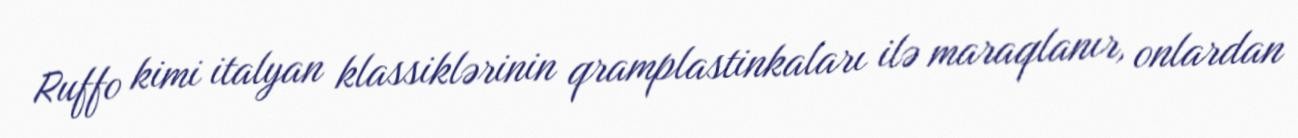
Ruffo kimi italyan klassiklərinin qramplastinkaları ilə maraqlanır, onlardan